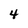
Character: 4